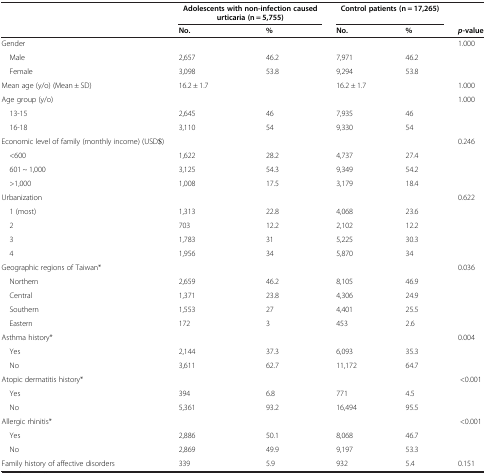
<table><thead><tr><td><b> </b></td><td colspan="2"><b>Adolescents with non-infection caused urticaria (n = 5,755)</b></td><td colspan="2"><b>Control patients (n = 17,265)</b></td><td><b> </b></td></tr><tr><td><b> </b></td><td><b>No.</b></td><td><b>%</b></td><td><b>No.</b></td><td><b>%</b></td><td><b><i>p</i>-value</b></td></tr></thead><tbody><tr><td>Gender</td><td> </td><td> </td><td> </td><td> </td><td>1.000</td></tr><tr><td> Male</td><td>2,657</td><td>46.2</td><td>7,971</td><td>46.2</td><td> </td></tr><tr><td> Female</td><td>3,098</td><td>53.8</td><td>9,294</td><td>53.8</td><td> </td></tr><tr><td>Mean age (y/o) (Mean ± SD)</td><td>16.2 ± 1.7</td><td> </td><td>16.2 ± 1.7</td><td> </td><td>1.000</td></tr><tr><td>Age group (y/o)</td><td> </td><td> </td><td> </td><td> </td><td>1.000</td></tr><tr><td> 13-15</td><td>2,645</td><td>46</td><td>7,935</td><td>46</td><td> </td></tr><tr><td> 16-18</td><td>3,110</td><td>54</td><td>9,330</td><td>54</td><td> </td></tr><tr><td>Economic level of family (monthly income) (USD$)</td><td> </td><td> </td><td> </td><td> </td><td>0.246</td></tr><tr><td> &lt;600</td><td>1,622</td><td>28.2</td><td>4,737</td><td>27.4</td><td> </td></tr><tr><td> 601 ~ 1,000</td><td>3,125</td><td>54.3</td><td>9,349</td><td>54.2</td><td> </td></tr><tr><td> &gt;1,000</td><td>1,008</td><td>17.5</td><td>3,179</td><td>18.4</td><td> </td></tr><tr><td>Urbanization</td><td> </td><td> </td><td> </td><td> </td><td>0.622</td></tr><tr><td> 1 (most)</td><td>1,313</td><td>22.8</td><td>4,068</td><td>23.6</td><td> </td></tr><tr><td> 2</td><td>703</td><td>12.2</td><td>2,102</td><td>12.2</td><td> </td></tr><tr><td> 3</td><td>1,783</td><td>31</td><td>5,225</td><td>30.3</td><td> </td></tr><tr><td> 4</td><td>1,956</td><td>34</td><td>5,870</td><td>34</td><td> </td></tr><tr><td>Geographic regions of Taiwan*</td><td> </td><td> </td><td> </td><td> </td><td>0.036</td></tr><tr><td> Northern</td><td>2,659</td><td>46.2</td><td>8,105</td><td>46.9</td><td> </td></tr><tr><td> Central</td><td>1,371</td><td>23.8</td><td>4,306</td><td>24.9</td><td> </td></tr><tr><td> Southern</td><td>1,553</td><td>27</td><td>4,401</td><td>25.5</td><td> </td></tr><tr><td> Eastern</td><td>172</td><td>3</td><td>453</td><td>2.6</td><td> </td></tr><tr><td>Asthma history*</td><td> </td><td> </td><td> </td><td> </td><td>0.004</td></tr><tr><td> Yes</td><td>2,144</td><td>37.3</td><td>6,093</td><td>35.3</td><td> </td></tr><tr><td> No</td><td>3,611</td><td>62.7</td><td>11,172</td><td>64.7</td><td> </td></tr><tr><td>Atopic dermatitis history*</td><td> </td><td> </td><td> </td><td> </td><td>&lt;0.001</td></tr><tr><td> Yes</td><td>394</td><td>6.8</td><td>771</td><td>4.5</td><td> </td></tr><tr><td> No</td><td>5,361</td><td>93.2</td><td>16,494</td><td>95.5</td><td> </td></tr><tr><td>Allergic rhinitis*</td><td> </td><td> </td><td> </td><td> </td><td>&lt;0.001</td></tr><tr><td> Yes</td><td>2,886</td><td>50.1</td><td>8,068</td><td>46.7</td><td> </td></tr><tr><td> No</td><td>2,869</td><td>49.9</td><td>9,197</td><td>53.3</td><td> </td></tr><tr><td>Family history of affective disorders</td><td>339</td><td>5.9</td><td>932</td><td>5.4</td><td>0.151</td></tr></tbody></table>